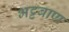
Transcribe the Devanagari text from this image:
भट्टबाण